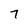
Character: 7